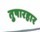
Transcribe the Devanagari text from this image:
तुषारहार